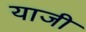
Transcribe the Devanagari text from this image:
याजी